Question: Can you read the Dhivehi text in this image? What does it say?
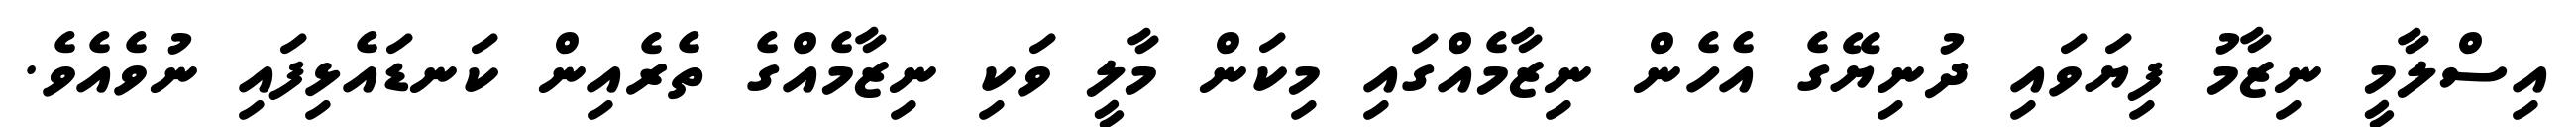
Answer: އިސްލާމީ ނިޒާމު ފިޔަވައި ދުނިޔޭގެ އެހެން ނިޒާމެއްގައި މިކަން މާލީ ވަކި ނިޒާމެއްގެ ތެރެއިން ކަނޑައެޅިފައި ނުވެއެވެ.